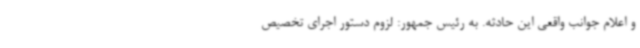
و اعلام جوانب واقعی این حادثه. به رئیس جمهور: لزوم دستور اجرای تخصیص